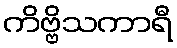
ကိဗ္ဗိသကာရီ